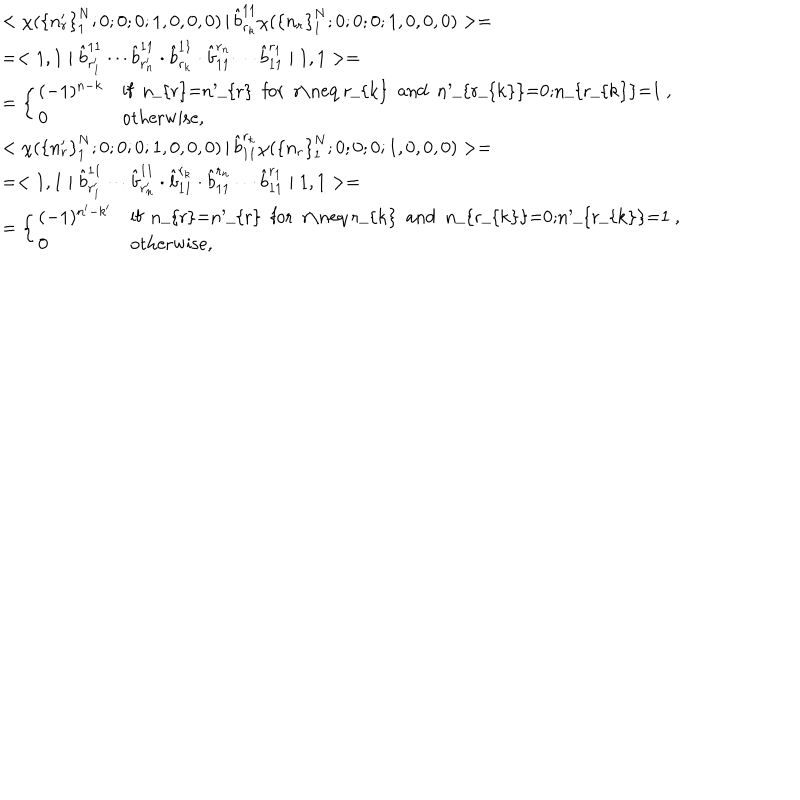
\begin{array} { l } { { < \chi ( { \{ n _ { r } ^ { \prime } \} } _ { 1 } ^ { N } ; 0 ; 0 ; 0 ; 1 , 0 , 0 , 0 ) \left| \right. \hat { b } _ { r _ { k } } ^ { 1 1 } \chi ( { \{ n _ { r } \} } _ { 1 } ^ { N } ; 0 ; 0 ; 0 ; 1 , 0 , 0 , 0 ) > = } } \\ { { = < 1 , 1 \mid \hat { b } _ { r _ { 1 } ^ { \prime } } ^ { 1 1 } \cdots \hat { b } _ { r _ { n } ^ { \prime } } ^ { 1 1 } \cdot \hat { b } _ { r _ { k } } ^ { 1 1 } \cdot \hat { b } _ { 1 1 } ^ { r _ { n } } \cdots \hat { b } _ { 1 1 } ^ { r _ { 1 } } \mid 1 , 1 > = } } \\ { { = \left\{ \begin{array} { l l } { { ( - 1 ) ^ { n - k } } } & { { \mathrm { i f ~ n _ { r } = n _ { r } ^ { \prime } ~ f o r ~ r \neq ~ r _ { k } ~ a n d ~ n _ { r _ { k } } ^ { \prime } = 0 ; n _ { r _ { k } } = 1 ~ } , } } \\ { { 0 } } & { { \mathrm { o t h e r w i s e } , } } \\ \end{array} \right. } } \\ { { < \chi ( { \{ n _ { r } ^ { \prime } \} } _ { 1 } ^ { N } ; 0 ; 0 ; 0 ; 1 , 0 , 0 , 0 ) \left| \right. \hat { b } _ { 1 1 } ^ { r _ { k } } \chi ( { \{ n _ { r } \} } _ { 1 } ^ { N } ; 0 ; 0 ; 0 ; 1 , 0 , 0 , 0 ) > = } } \\ { { = < 1 , 1 \mid \hat { b } _ { r _ { 1 } ^ { \prime } } ^ { 1 1 } \cdots \hat { b } _ { r _ { n } ^ { \prime } } ^ { 1 1 } \cdot \hat { b } _ { 1 1 } ^ { r _ { k } } \cdot \hat { b } _ { 1 1 } ^ { r _ { n } } \cdots \hat { b } _ { 1 1 } ^ { r _ { 1 } } \mid 1 , 1 > = } } \\ { { = \left\{ \begin{array} { l l } { { ( - 1 ) ^ { n ^ { \prime } - k ^ { \prime } } } } & { { \mathrm { i f ~ n _ { r } = n _ { r } ^ { \prime } ~ f o r ~ r \neq ~ r _ { k } ~ a n d ~ n _ { r _ { k } } = 0 ; n _ { r _ { k } } ^ { \prime } = 1 ~ } , } } \\ { { 0 } } & { { \mathrm { o t h e r w i s e } , } } \\ \end{array} \right. } } \\ \end{array}